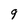
Character: 9